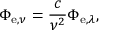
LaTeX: \Phi _ { \mathrm { e } , \nu } = { \frac { c } { \nu ^ { 2 } } } \Phi _ { \mathrm { e } , \lambda } ,